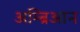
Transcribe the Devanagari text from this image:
अम्ब्रिआन